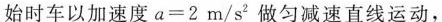
始时车以加速度$$a=2m/s^{2}$$做匀减速直线运动，